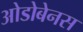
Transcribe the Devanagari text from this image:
ओडोबेनस